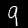
Label: 9